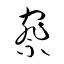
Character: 察